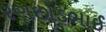
રણછોડભાઈ